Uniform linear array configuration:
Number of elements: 24
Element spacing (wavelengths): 0.25
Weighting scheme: cosine
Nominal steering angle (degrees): -60
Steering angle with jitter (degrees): -58.106
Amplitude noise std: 0.05
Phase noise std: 0.05

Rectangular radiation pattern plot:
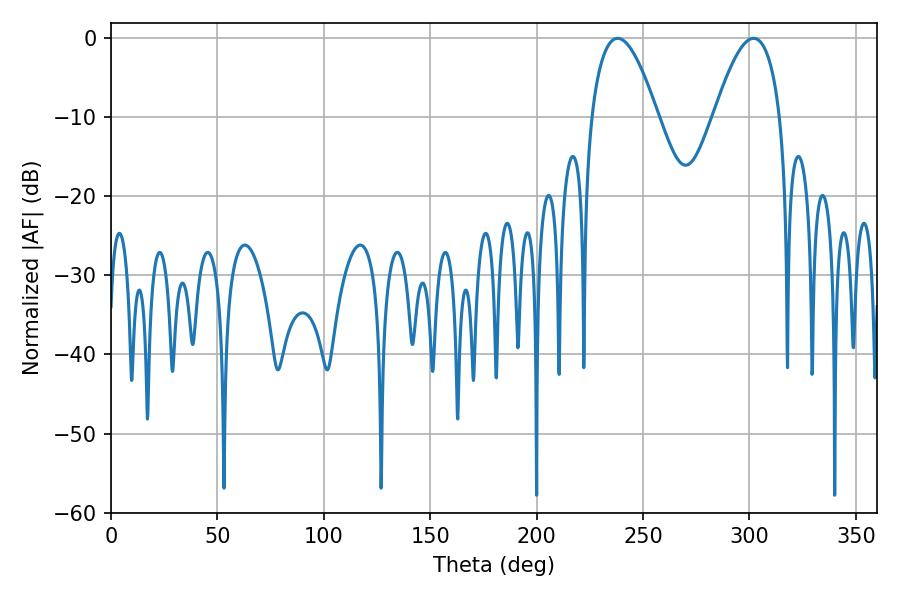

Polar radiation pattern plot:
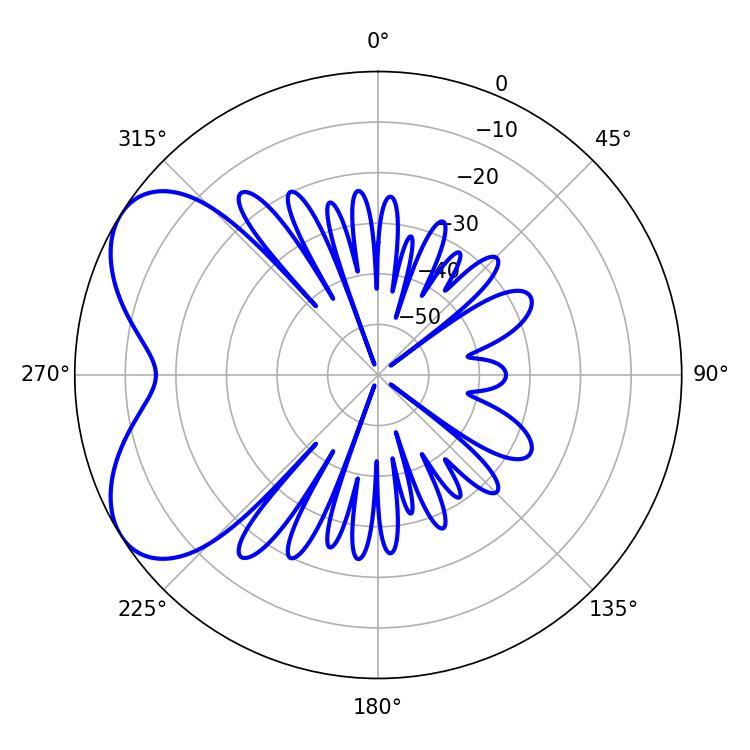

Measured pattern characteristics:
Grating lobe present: FALSE
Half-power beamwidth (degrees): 17.1
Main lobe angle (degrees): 238.14